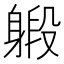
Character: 𨉨